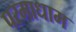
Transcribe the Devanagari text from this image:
परमाधाम